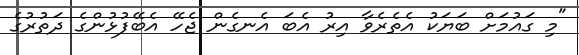
"މި ގައުމަށް ބަޔަކު އެތެރެވާ އިރު އެބަ އެނގެން ޖެހޭ އެބޭފުޅުންގެ ދަތުރުގެ